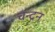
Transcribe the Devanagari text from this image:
चन्‍द्रन